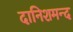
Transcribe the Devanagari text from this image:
दानिशमन्द